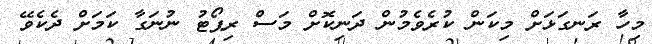
މިހާ ރަނގަޅަށް މިކަން ކުރެވެމުން ދަނިކޮށް މަސް ރިޕޯޓު ނުނަގާ ކަމަށް ދެކެވޭ